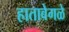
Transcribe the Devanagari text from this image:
हातावेगळे